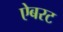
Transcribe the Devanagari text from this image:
ऐबरट